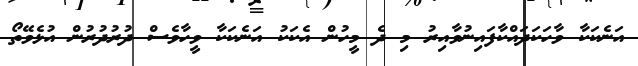
އަނެކަކާ ވާހަކަދައްކާފައިނުވާއިރު މި ދެ މީހުން އެކަކު އަނެކަކާ ވީހާވެސް ދުރުދުރުން އުޅެވޭތޯ